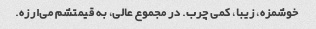
خوشمزه، زیبا، کمی چرب. در مجموع عالی، به قیمتشم می‌ارزه.